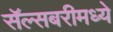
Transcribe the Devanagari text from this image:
सॅल्सबरीमध्ये